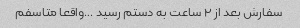
سفارش بعد از ٢ ساعت به دستم رسید …واقعا متاسفم